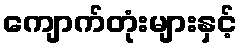
ကျောက်တုံးများနှင့်